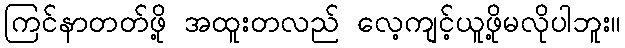
ကြင်နာတတ်ဖို့ အထူးတလည် လေ့ကျင့်ယူဖို့မလိုပါဘူး။